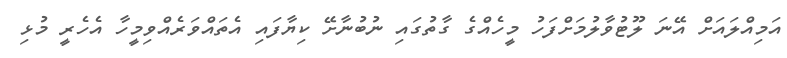
އަމިއްލައަށް އޭނަ ލޫޓުވާލުމަށްފަހު މީހެއްގެ ގާތުގައި ނުބުނާށޭ ކިޔާފައި އެތައްވަރެއްވިމީހާ އެހެރީ މުޅި